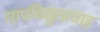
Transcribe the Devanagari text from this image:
तापविद्युत्प्रवाह